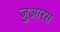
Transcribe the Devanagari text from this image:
जुआरस